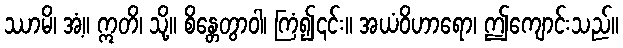
ဿာမိ၊ အံ့။ ဣတိ၊ သို့။ စိန္တေတွာဝါ၊ ကြံ၍၎င်း။ အယံဝိဟာရော၊ ဤကျောင်းသည်။